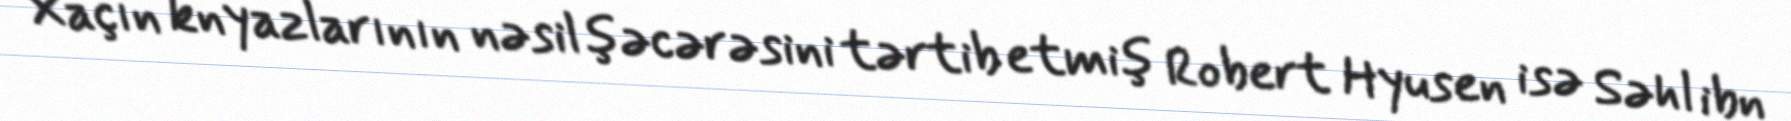
Xaçın knyazlarının nəsil şəcərəsini tərtib etmiş Robert Hyusen isə Səhl ibn